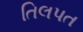
તિલપત